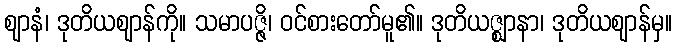
ဈာနံ၊ ဒုတိယဈာန်ကို။ သမာပဇ္ဇိ၊ ဝင်စားတော်မူ၏။ ဒုတိယဇ္ဈာနာ၊ ဒုတိယဈာန်မှ။